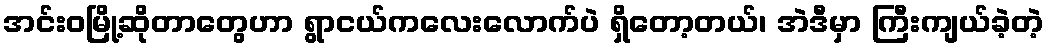
အင်းဝမြို့ဆိုတာတွေဟာ ရွာငယ်ကလေးလောက်ပဲ ရှိတော့တယ်၊ အဲဒီမှာ ကြီးကျယ်ခဲ့တဲ့